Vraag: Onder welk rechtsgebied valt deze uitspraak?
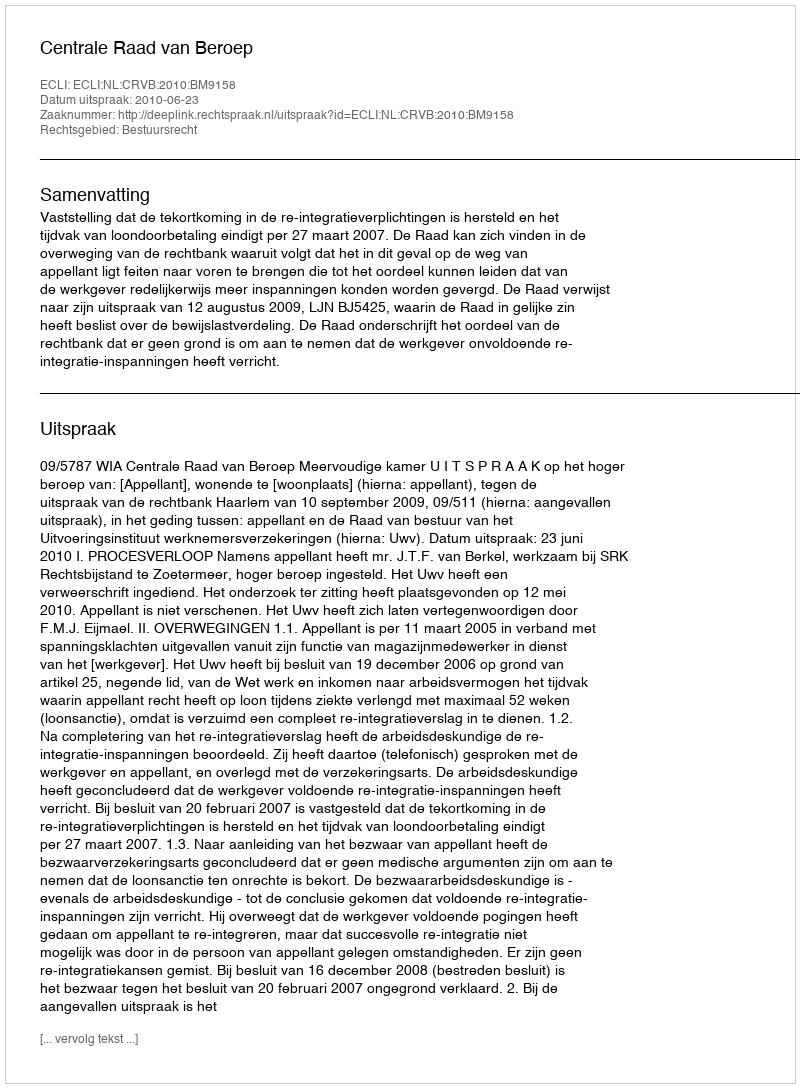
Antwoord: Bestuursrecht